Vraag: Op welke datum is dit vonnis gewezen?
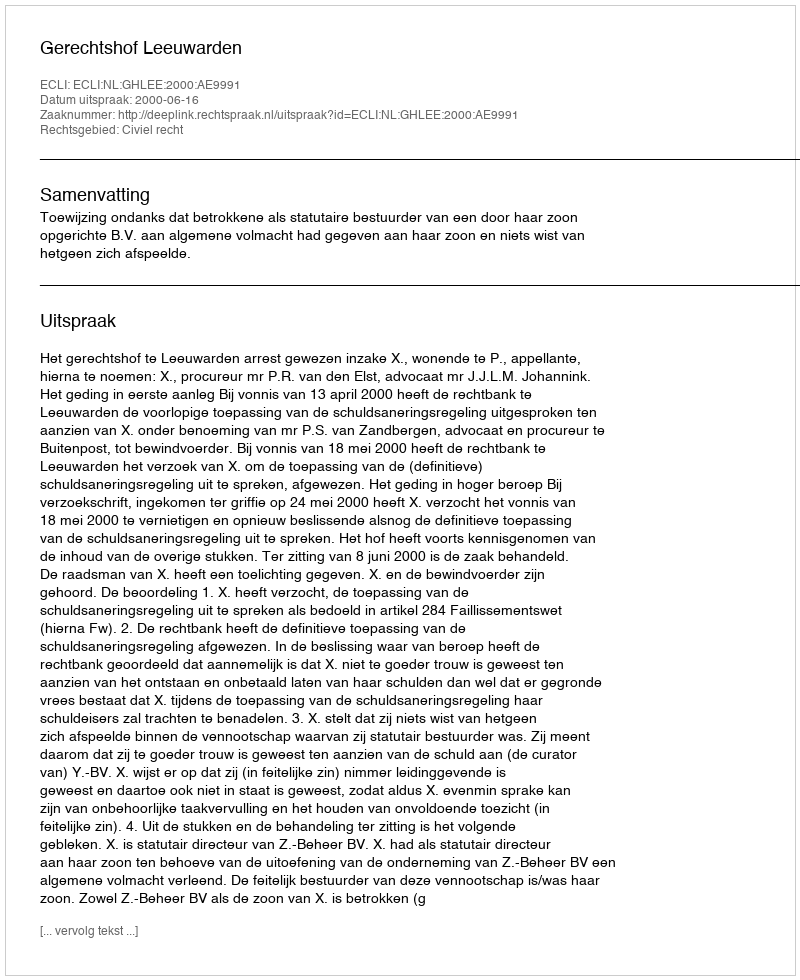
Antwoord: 2000-06-16